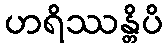
ဟရိဿန္တိပိ